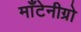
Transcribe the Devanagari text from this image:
माँटेनीग्रो